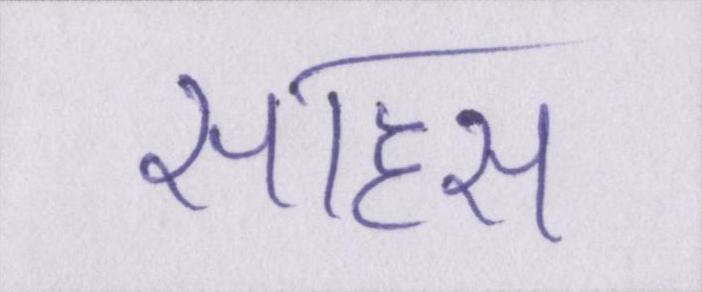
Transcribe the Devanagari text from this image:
साहस